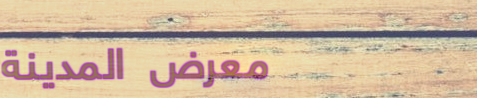
معرض المدينة